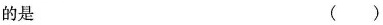
的是 ()